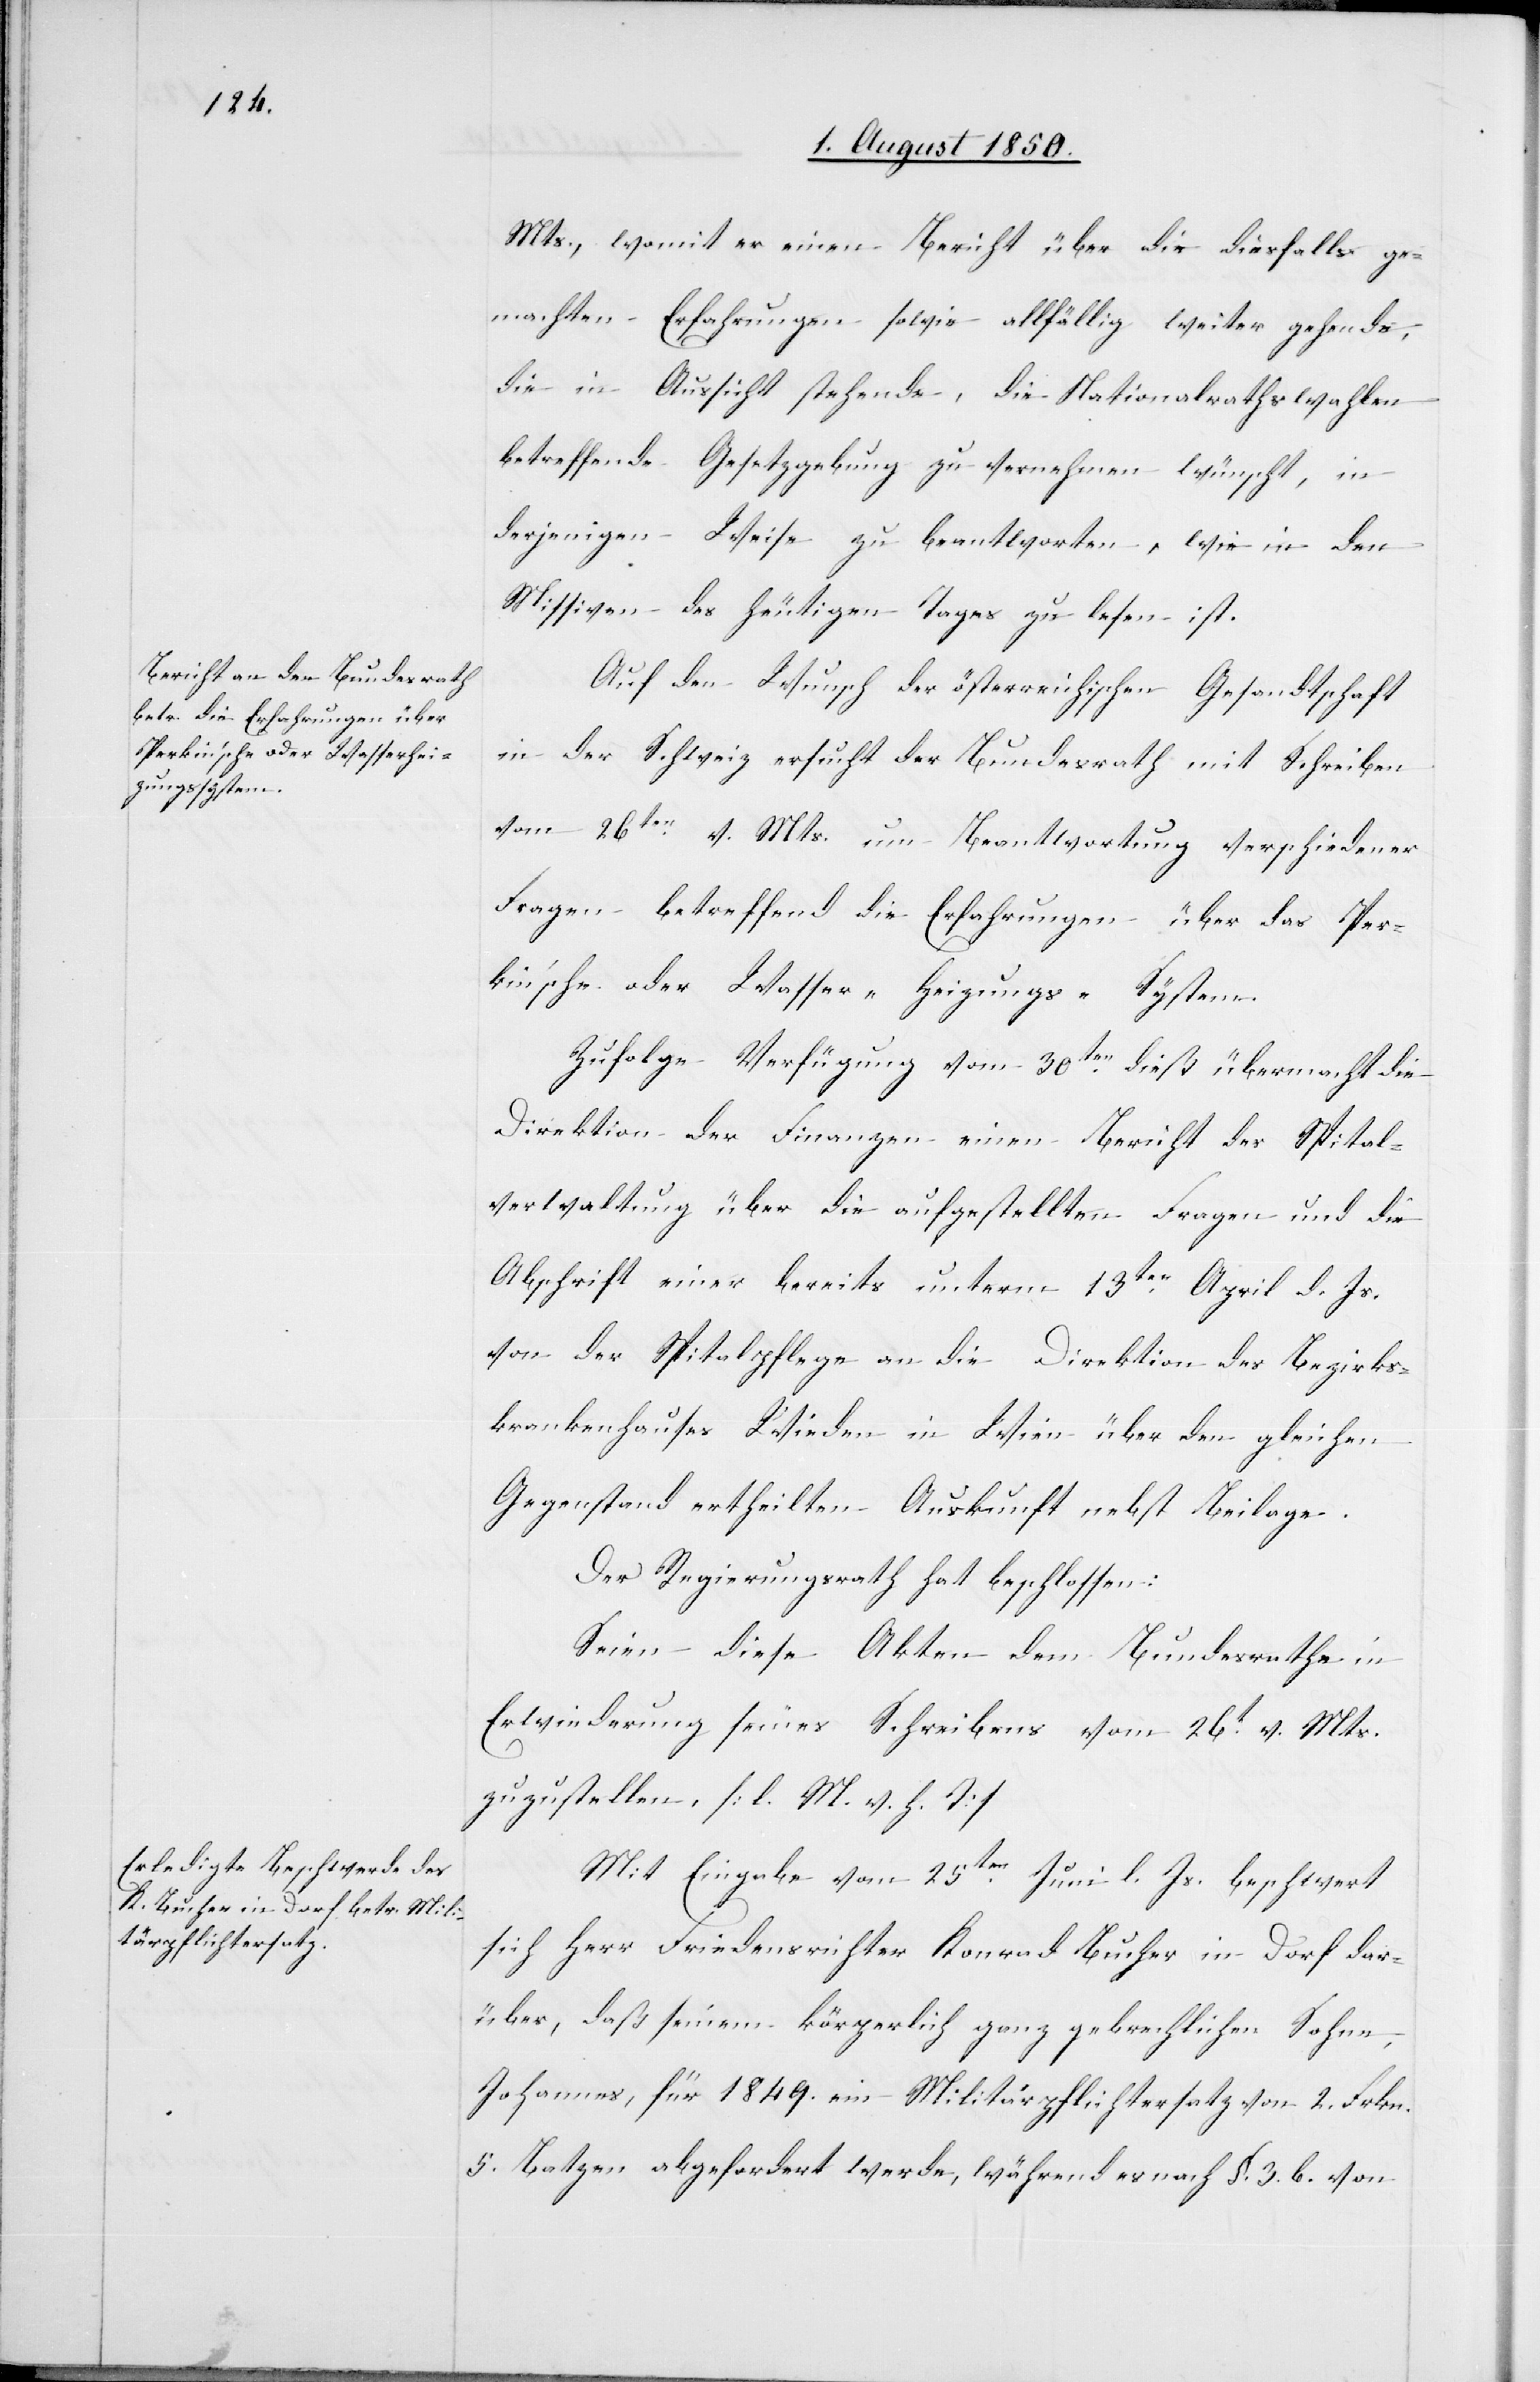
Mts., womit er einen Bericht über die diesfalls ge¬
machten Erfahrungen sowie allfällig weiter gehende,
die in Aussicht stehende, die Nationalrathswahlen
betreffende Gesetzgebung zu vernehmen wünscht, in
derjenigen Weise zu beantworten, wie in den
Missiven des heutigen Tages zu lesen ist.
Auf den Wunsch der österreichischen Gesandtschaft
in der Schweiz ersucht der Bundesrath mit Schreiben
vom 26ten v. Mts. um Beantwortung verschiedener
Fragen betreffend die Erfahrungen über das Per¬
kin’sche oder Wasser-Heizungs-System.
Zufolge Verfügung vom 30ten dieß [recte:
Direktion der Finanzen einen Bericht der Spital¬
verwaltung über die aufgestellten Fragen und die
Abschrift einer bereits unterm 13ten April d. Js.
von der Spitalpflege an die Direktion des Bezirks¬
krankenhauses Wieden in Wien über den gleichen
Gegenstand ertheilten Auskunft nebst Beilage.
Der Regierungsrath hat beschlossen:
Seien diese Akten dem Bundesrathe in
Erwiederung seines Schreibens vom 26t v. Mts.
zuzustellen. [l. M. v. h. T]
Mit Eingabe vom 25ten Juni l. Js. beschwert
sich Herr Friedensrichter Konrad Bucher in Dorf dar¬
über, daß seinem körperlich ganz gebrechlichen Sohne,
Johannes, für 1849. ein Militärpflichtersatz von 2.°Frkn.
5. Batzen abgefordert werde, während es nach §. 3. b. von